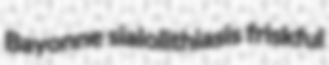
Bayonne sialolithiasis friskful